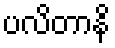
ပလိတာနိ